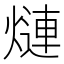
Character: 𬊿